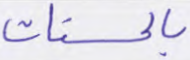
بالحسنات